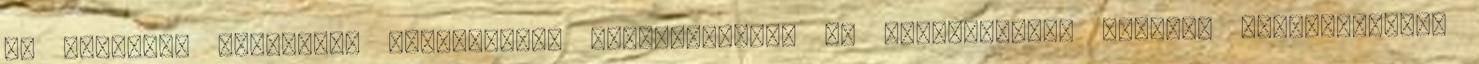
és magyarok csinálták Szétverhető zombifejekkel és realisztikus katonai szimulátorral